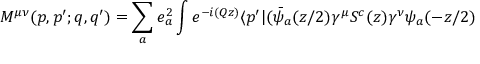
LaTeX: M ^ { \mu \nu } ( p , p ^ { \prime } ; q , q ^ { \prime } ) = \sum _ { a } e _ { a } ^ { 2 } \int e ^ { - i ( Q z ) } \langle p ^ { \prime } | ( \bar { \psi } _ { a } ( z / 2 ) \gamma ^ { \mu } S ^ { c } ( z ) \gamma ^ { \nu } \psi _ { a } ( - z / 2 )